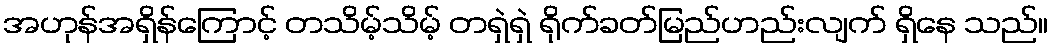
အဟုန်အရှိန်ကြောင့် တသိမ့်သိမ့် တရှဲရှဲ ရိုက်ခတ်မြည်ဟည်းလျက် ရှိနေ သည်။